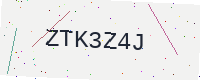
Text: ZTK3Z4J